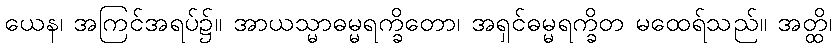
ယေန၊ အကြင်အရပ်၌။ အာယသ္မာဓမ္မရက္ခိတော၊ အရှင်ဓမ္မရက္ခိတ မထေရ်သည်။ အတ္ထိ၊